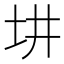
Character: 㘫